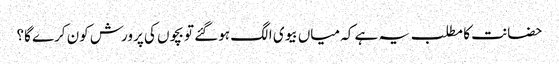
حضانت کا مطلب یہ ہے کہ میاں بیوی الگ ہوگئے تو بچوں کی پرورش کون کرے گا؟